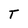
Character: T